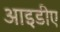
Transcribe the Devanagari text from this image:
आइडीए